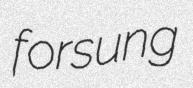
forsung